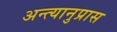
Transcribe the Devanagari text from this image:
अन्त्यानुप्रास